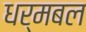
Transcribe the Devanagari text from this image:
धर्मबल